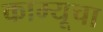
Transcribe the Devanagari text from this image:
काम्यूचा